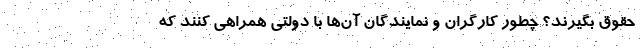
حقوق بگیرند؟ چطور کارگران و نمایندگان آن‌ها با دولتی همراهی کنند که